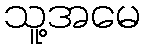
သူ့အမေ